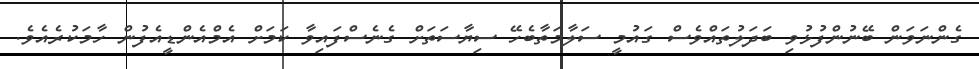
ގެންނަވަން ބޭނުންފުޅުވި ބަދަލުތައްވެސް ގައުމީ ސަލާމަތާބެހޭ ސިޔާސަތަށް ގެނެސްފައިވާ ކަމަށް އެމްއެންޑީއެފުން ހާމަކުރެއެވެ.